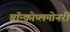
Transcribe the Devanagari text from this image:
ब्रॉन्कोप्लमोनरी